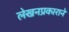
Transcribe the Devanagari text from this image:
लेखनप्रकाराने